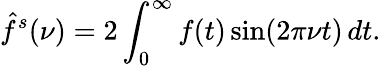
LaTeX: {\hat{f}}^{s}(\nu)=2\int_{0}^{\infty}f(t)\sin(2\pi\nu t)\, dt.